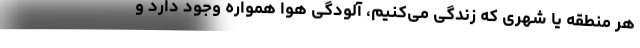
هر منطقه یا شهری که زندگی می‌کنیم، آلودگی هوا همواره وجود دارد و